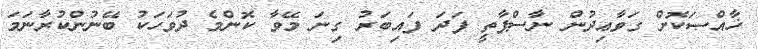
ޚާއްޞަކޮށް ގަވާޢިދުން ނާސްޕާތީ ފަދަ ފައިބަރު ގިނަ މޭވާ ކޮންމެ ދުވަހަކު ބޭނުންކުރާނަމަ